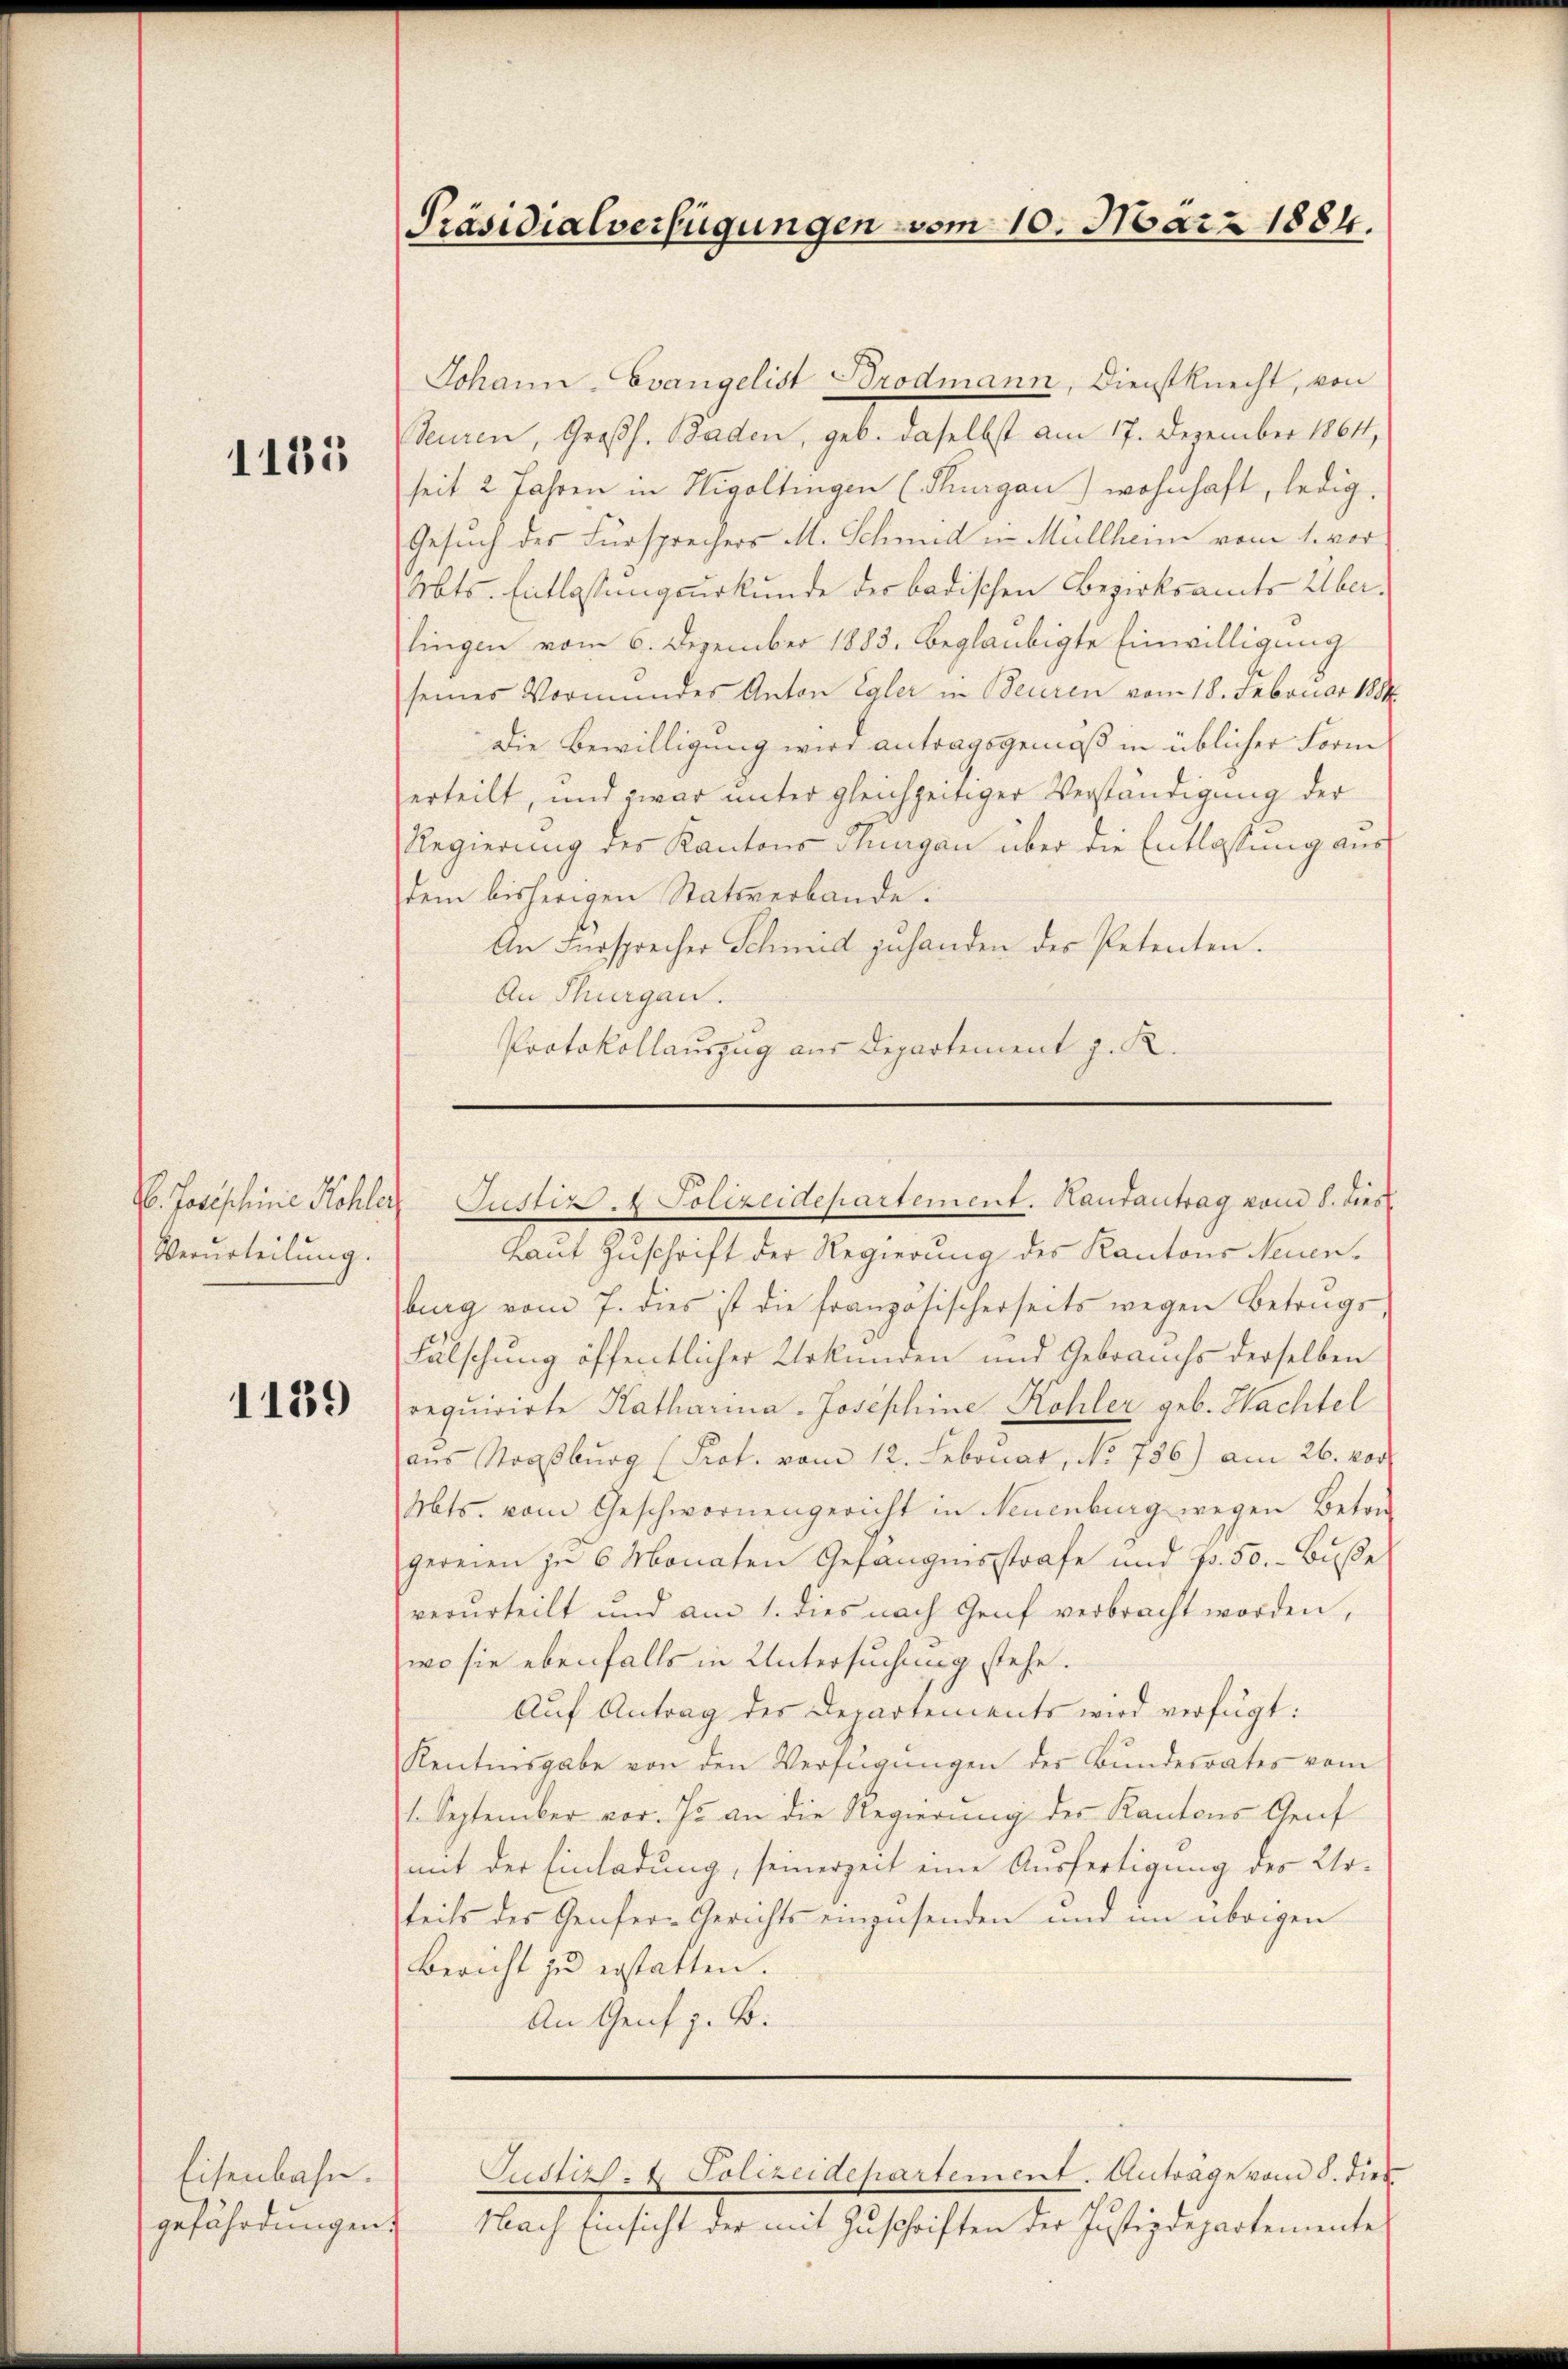
1185

6. Janischeine Kohler
Verurteilung.

1139

Eisenbahn.
gefährdungen.

Präsidialverfügungen vom 10. März 1884.

Johann-Evangelist Brodmann, Dienstknecht, von
euren, Großh. Baden, geb. daselbst am 17. Dezember 18611,
seit 2 Jahren in Higoltingen (Thurgau) wohnhaft, ledig,
Gesuch des Fürsprechers M. Schmid in Müllhann vom 1. vor
Mts. Entlassungsurkunde der badischen Bezirksamts Über-
lingen vom 6. Dezember 1883. beglaubigte Einwilligung
seines Vormundes Anton Egler in Beuren vom 18. Februar 1884
Die Bewilligung wird antragsgemäß in üblicher Form
erteilt, und zwar unter gleichzeitiger Verständigung der
Regierung des Kantons Thurgau über die Entlassung aus
dem bisherigen Stativerbande.
An Fürsprecher Schmid zuhanden des Petenten.
An Thurgau.
Protokollauszug aus Departement z. R.

Laut Zuschrift der Regierung des Kantons Neuenburg vom 7. dies ist die französischerseits wegen Betrugs,
Fälschung öffentlicher Urkunden und Gebrauchs derselben
requirirte Katharina-Josephine Kohler geb. Wachtel
ans Stoosburg (Prot. vom 12. Februar, No. 736) am 26. vor
Mts. vom Geschwornengericht in Neuenburg wegen Beton
gereien in 6 Monaten Gefangensstrafe und p. 50. - Buße
verurteilt und am 1. dies nach Genf verbracht worden,
wo sie ebenfalls in Untersuchung stehe.
Auf Antrag des Departements wird verfügt:
Kentnisgabe von den Verfügungen des Bundesrates vom
1. September vor. Js. an die Regierung des Kantons Genf
mit der Einladung, seinerzeit eine Ausfertigung des Urteils des Genfer-Gerichts einzusenden und im übrigen
Bericht zŭ erstatten.
An Genf z. B.

Justiz & Polizeidepartement. Hautantrag vom 8. dies

Nach Einsicht der mit Zŭschriften der Justizdepartemente

Justiz- & Polizeidepartement. Anträge vom 8. dies